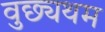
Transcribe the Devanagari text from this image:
वुछ्यथम